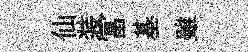
仙装冨基雖